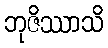
ဘုဇိဿာသိ